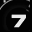
Digit: 7